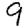
Digit: 9